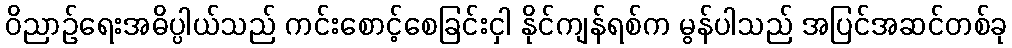
ဝိညာဉ်ရေးအဓိပ္ပါယ်သည် ကင်းစောင့်စေခြင်းငှါ နိုင်ကျန်ရစ်က မွန်ပါသည် အပြင်အဆင်တစ်ခု